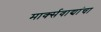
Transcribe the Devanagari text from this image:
मार्क्सवाद्यांचा